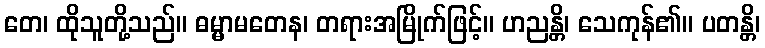
တေ၊ ထိုသူတို့သည်။ ဓမ္မာမတေန၊ တရားအမြိုက်ဖြင့်။ ဟညန္တိ၊ သေကုန်၏။ ပတန္တိ၊